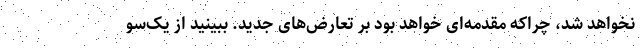
نخواهد شد، چراکه مقدمه‌ای خواهد بود بر تعارض‌های جدید. ببینید از یک‌سو